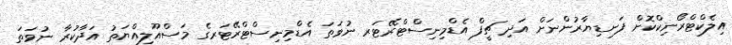
އިލެކްޓްރޯނިކްކޮށް ފަނޑިޔާރުންނަށް އަދި ޗީފް އެޑްމިނިސްޓްރޭޓަރ ނުވަތަ އެޑްމިނިސްޓްރޭޓަރގެ މަސްއޫލިއްޔަތު އަދާކުރާ ނުވަތަ